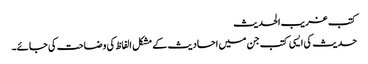
کتب غریب الحدیث
حدیث کی ایسی کتب جن میں احادیث کے مشکل الفاظ کی وضاحت کی جائے۔